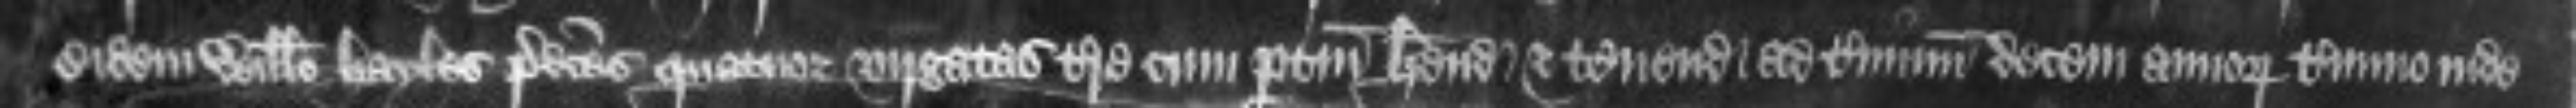
eidem Willelmo Hayles predictas quatuor virgatas terre cum pertinenciis habendo et tenendo ad terminum decem annorum termino inde